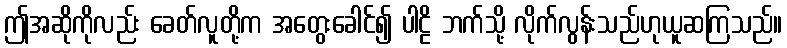
ဤအဆိုကိုလည်း ခေတ်လူတို့က အတွေးခေါင်၍ ပါဠိ ဘက်သို့ လိုက်လွန်းသည်ဟုယူဆကြသည်။